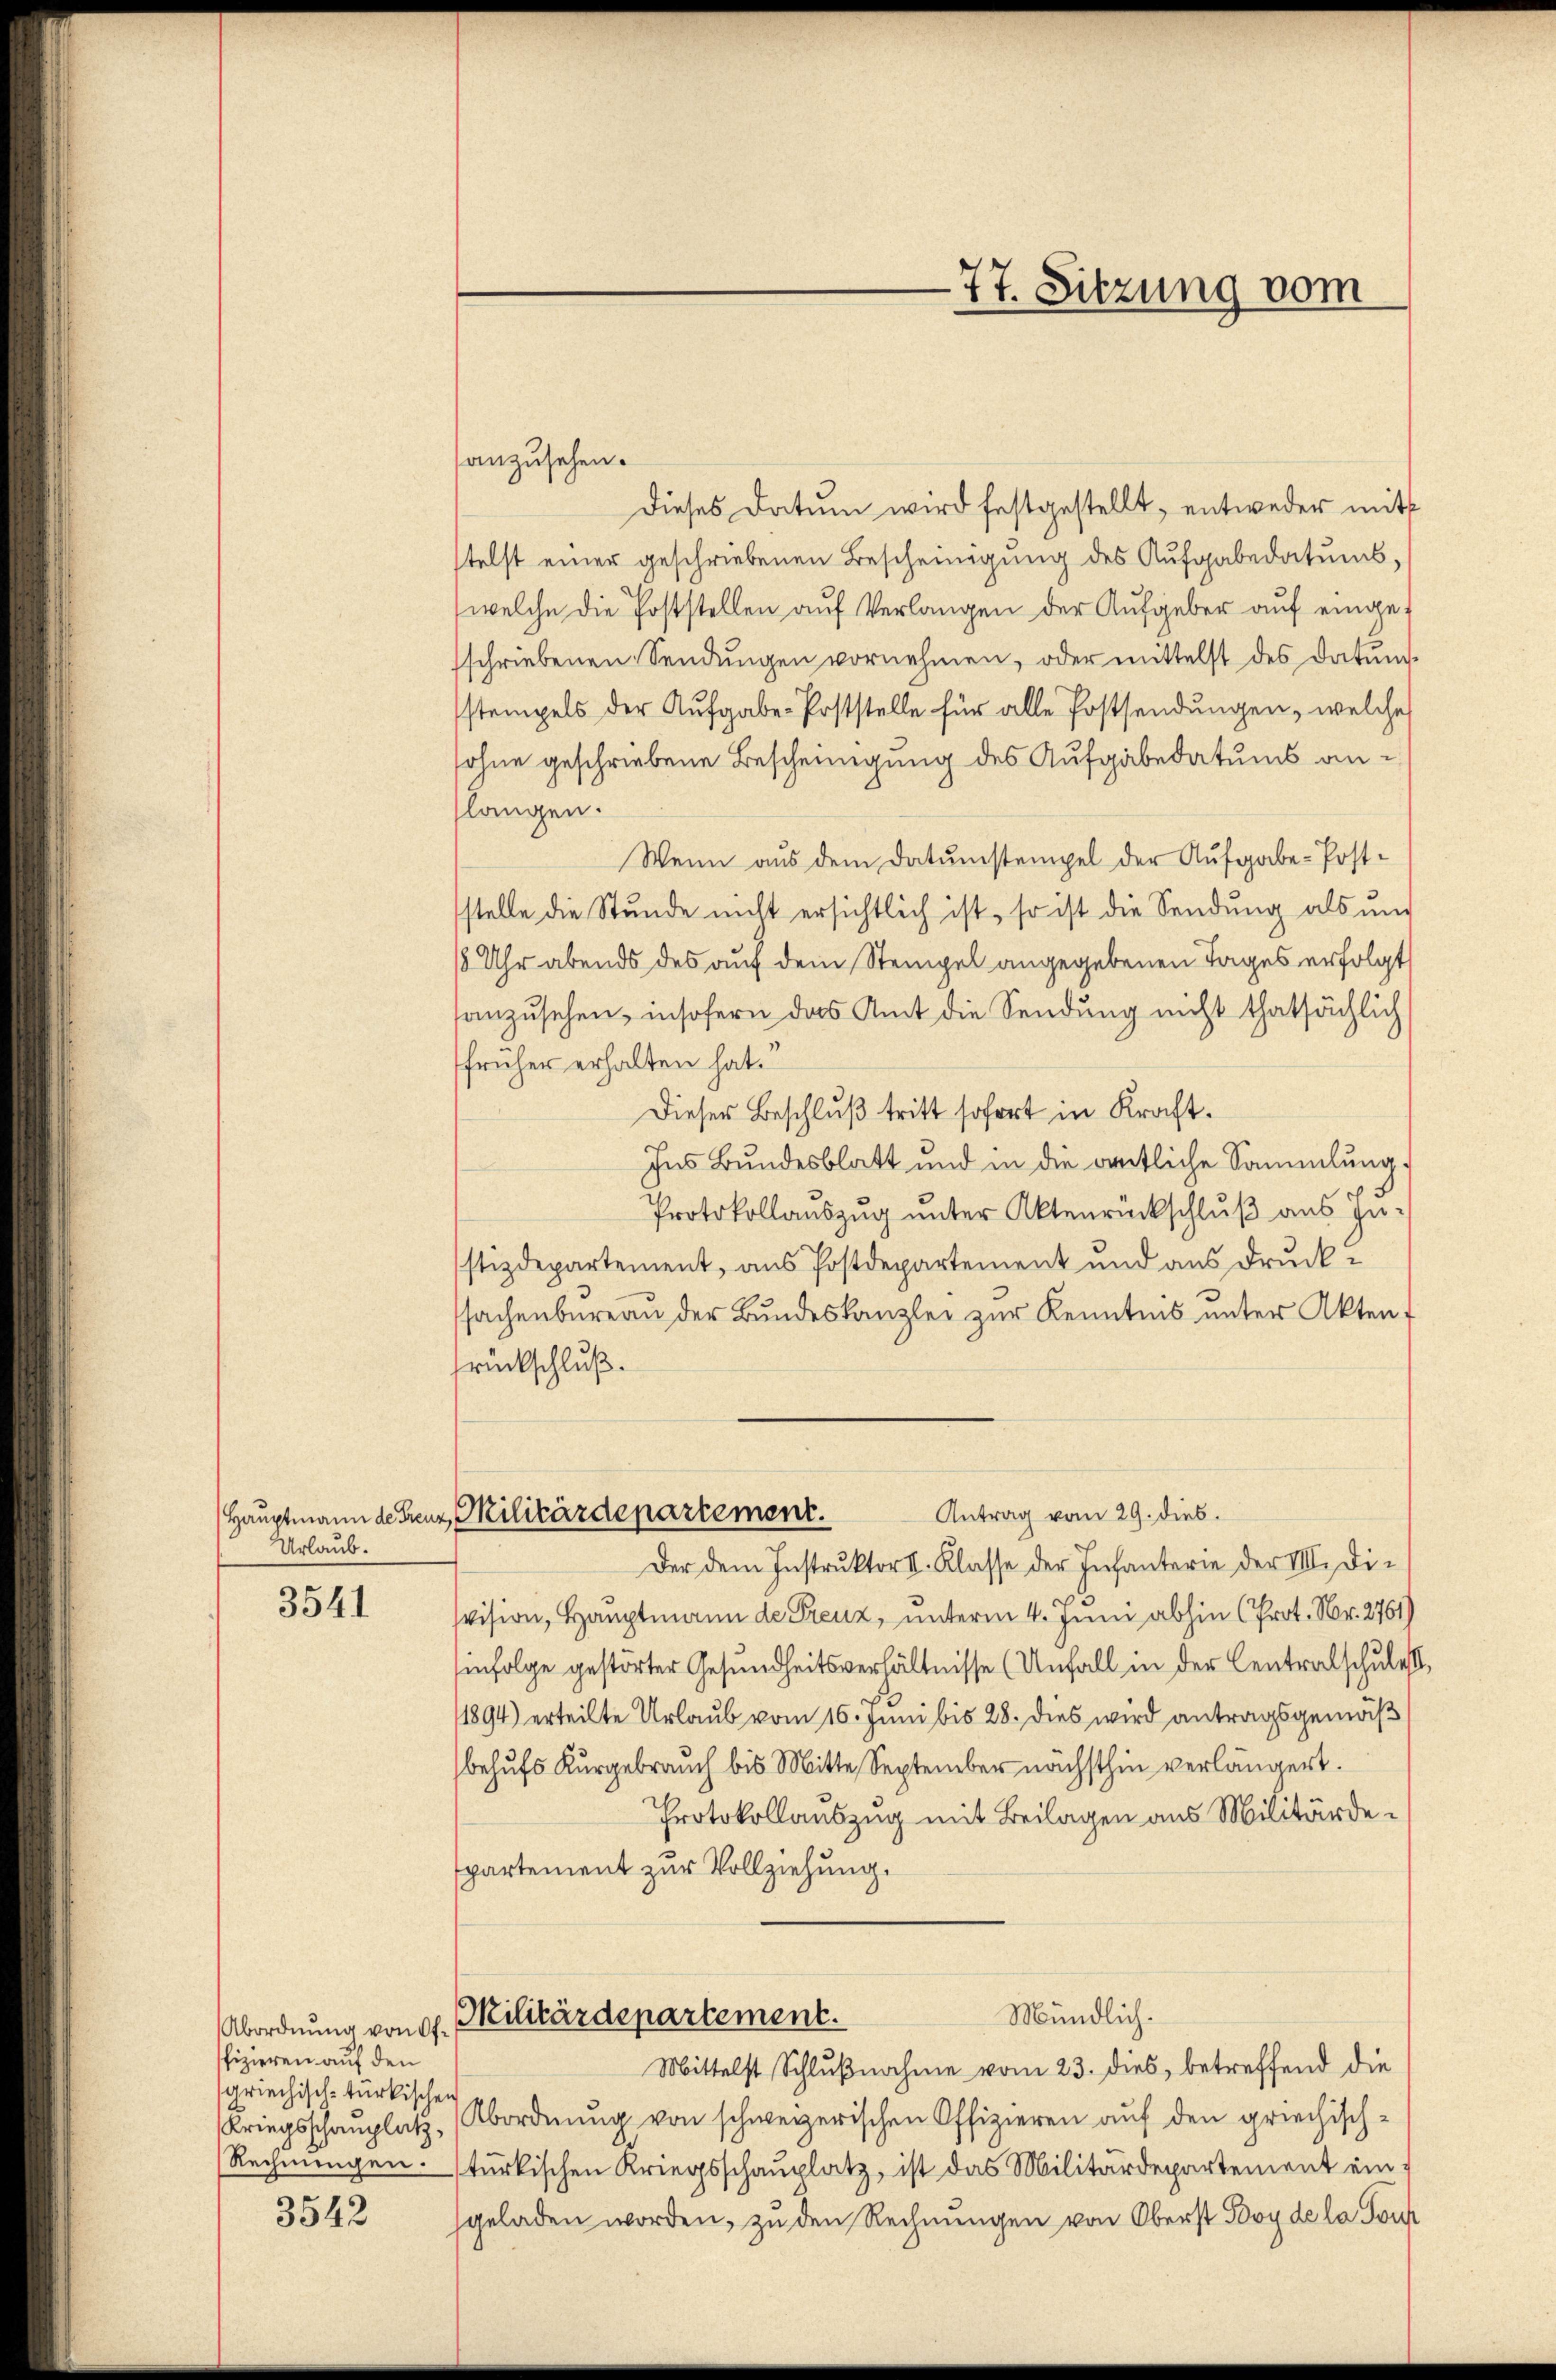
Urlaub.
3541

Abordnung von Offfizieren auf den
griechisch-türkischen
Kriegsschauplatz,
Rechnungen.

3542

anzusehen.
dieses Datum wird festgestellt, entweder mit
telst einer geschriebenen Bescheinigung des Aufgabedatums,
welche die Poststellen auf Verlangen der Aufgeber auf eingesschriebenen Sendungen vornehmen, oder mittelst des Datum
stempels der Aufgabe Poststelle für alle Postsendungen, welche
sohne geschriebene Bescheinigung des Aufgabe datums anslangen.
Wenn aus dem Datumstempel der Aufgabe-Poststelle die Stunde nicht ersichtlich ist, so ist die Sendung als und
18 Uhr abends des auf dem Stempel angegebenen Tages erfolgt
anzusehen, insofern das Amt die Sendung nicht thatsächlich
früher erhalten hat.
Dieser Beschluß tritt sofort in Kraft.
Ins Bundesblatt und in die deutliche Sammlung,
Protokollauszug unter Aktenrückschluß aus zu-
stizdepartement, aus Postdepartement und aus Drucksachenbureau der Bundeskanzler zur Kenntnis unter Akten,
srückschluß.
Antrag vom 29. dies.
Hauptmann derenz, Militärdepartement.
Der dem Instruktor II. Klasse der Infanterie der III. Die
vision, Hauptmann de Preuz, unterm 4. Juni abhin (Prot. Nr. 2761)
hinfolge gestörter Gesundheitsverhältnisse (Unfall in der Centralschules
1894) erteilte Urlaub vom 16. Juni bis 28. dies wird antragsgemäß
behufs Kurgebrauch bis Mitte September nächsthin verlängert.
Protokollauszug mit Beilagen aus Militärdespartement zur Vollziehung.
Mündlich.
Militärdepartement.
Mittelst Schlußnahme vom 23. dies, betreffend die
Abordnung von schweizerischen Offizieren auf den griechischtürkischen Kriegsschauplatz, ist das Militärdepartement eingeladen worden, zu den Rechnungen von Oberst Boy de la Porf

77. Sitzung vom